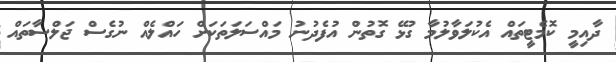
ދާއިމީ ކޮމެޓީތައް އެކުލަވާލުމާ ގުޅޭ ގޮތުން އުފެދުނު މައްސަލަތަކަށް ހައްލެއް ނުގެސް ޖަލްސާތައް